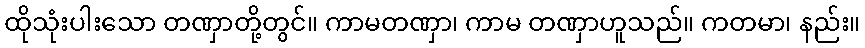
ထိုသုံးပါးသော တဏှာတို့တွင်။ ကာမတဏှာ၊ ကာမ တဏှာဟူသည်။ ကတမာ၊ နည်း။